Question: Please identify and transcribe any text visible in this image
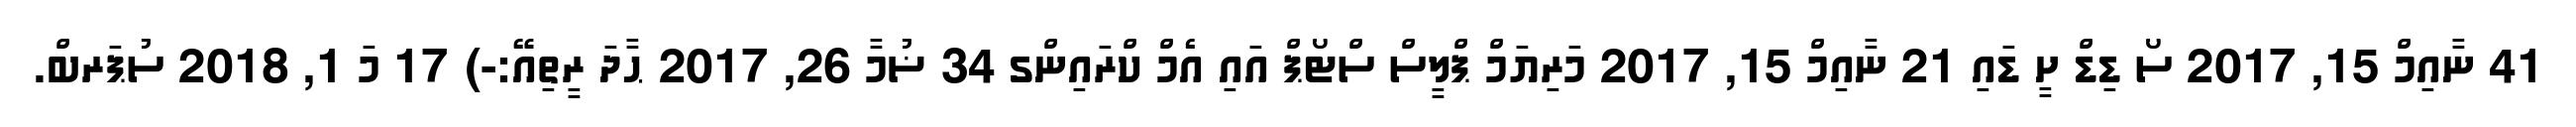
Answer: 41 ނާއިމް 15, 2017 ސޯ ޑިޑް ށީ ޑައި 21 ނާއިމް 15, 2017 މަރިޔަމް ޕްލީސް ސްޓޯޕް އައި އެމް ކްރައިންގ 34 ޟުމާ 26, 2017 ޙާދަ ރީތިއޭ:-) 17 މަ 1, 2018 ސުޕަރބް.